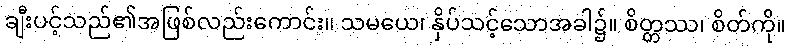
ချီးပင့်သည်၏အဖြစ်လည်းကောင်း။ သမယေ၊ နှိပ်သင့်သောအခါ၌။ စိတ္တဿ၊ စိတ်ကို။